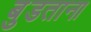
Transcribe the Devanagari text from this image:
बुडताना